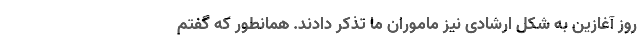
روز آغازین به شکل ارشادی نیز ماموران ما تذکر دادند. همانطور که گفتم